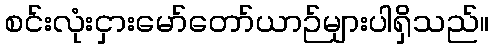
စင်းလုံးငှားမော်တော်ယာဉ်များပါရှိသည်။